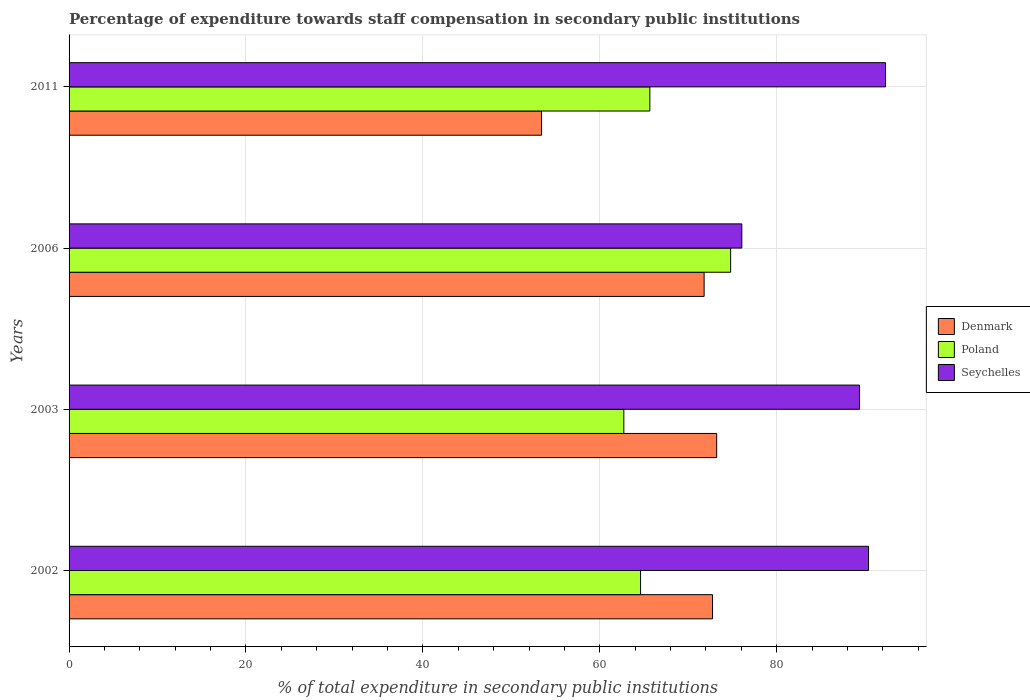
| Years | Denmark | Poland | Seychelles |
 | --- | --- | --- | --- |
 | 2002 | 72.7 | 64.6 | 90.4 |
 | 2003 | 73.2 | 62.7 | 89.4 |
 | 2006 | 71.8 | 74.8 | 76.1 |
 | 2011 | 53.4 | 65.7 | 92.3 |